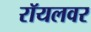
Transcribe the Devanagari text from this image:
रॉयलवर